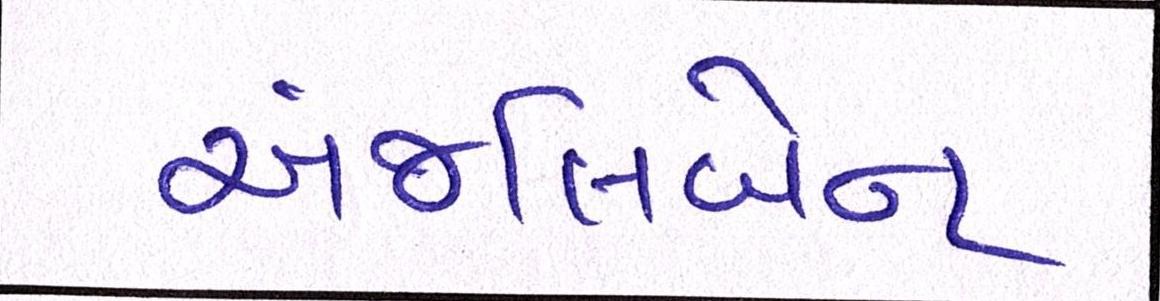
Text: અંજલિબેન